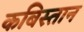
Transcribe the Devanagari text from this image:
कबिस्तान